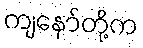
ကျနော်တို့က